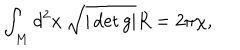
\int _ { M } d ^ { 2 } x \ \sqrt { | \det g | } R = 2 \pi \chi ,